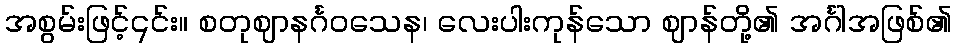
အစွမ်းဖြင့်၎င်း။ စတုဈာနင်္ဂဝသေန၊ လေးပါးကုန်သော ဈာန်တို့၏ အင်္ဂါအဖြစ်၏